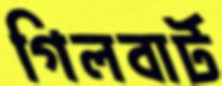
গিলবার্ট